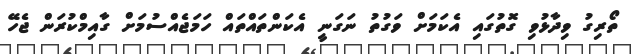
ތޯރިގު ވިދާޅުވި ގޮތުގައި އެކަމަށް ވަގުތު ނަގަނީ އެކަންތައްތައް ހަމަޖެއްސުމަށް ގާއިމްކުރަން ޖެހޭ